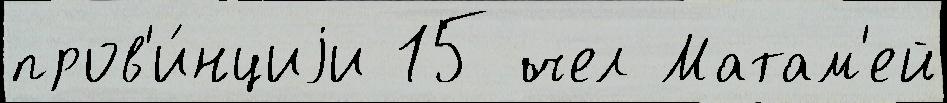
пров'и́нциjи 15 чел Матам'ей